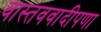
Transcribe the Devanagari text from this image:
वास्तववादीपणा